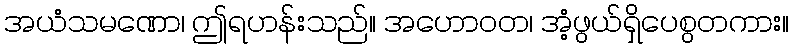
အယံသမဏော၊ ဤရဟန်းသည်။ အဟောဝတ၊ အံ့ဖွယ်ရှိပေစွတကား။